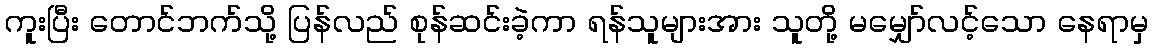
ကူးပြီး တောင်ဘက်သို့ ပြန်လည် စုန်ဆင်းခဲ့ကာ ရန်သူများအား သူတို့ မမျှော်လင့်သော နေရာမှ